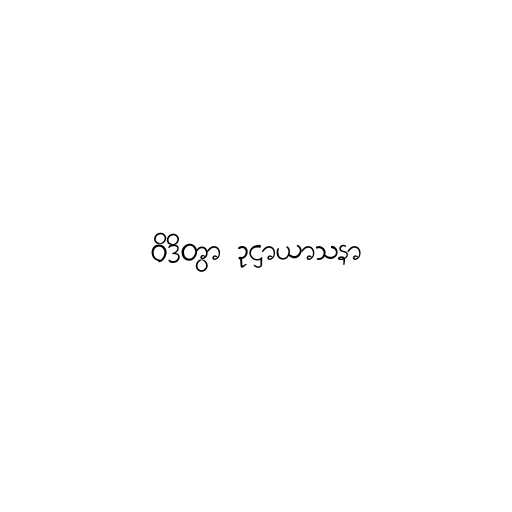
ဝိဒိတွာ ဥဋ္ဌာယာသနာ